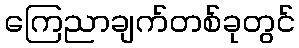
ကြေညာချက်တစ်ခုတွင်